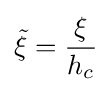
{\tilde {\xi }}={\frac {\xi }{h_{c}}}